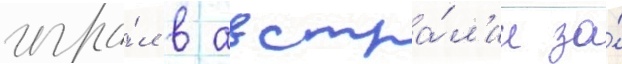
игра́л в австра́л'ии за́